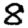
Digit: 8